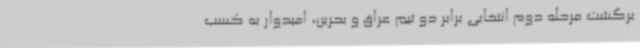
برگشت مرحله دوم انتخابی برابر دو تیم عراق و بحرین، امیدوار به کسب